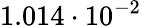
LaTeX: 1.014\cdot 10^{-2}